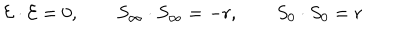
LaTeX: { \cal { E } } \cdot { \cal { E } } = 0 , \qquad S _ { \infty } \cdot S _ { \infty } = - r , \qquad S _ { 0 } \cdot S _ { 0 } = r